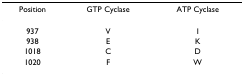
| Position | GTP Cyclase | ATP Cyclase |
 | --- | --- | --- |
 | 937 | V | I |
 | 938 | E | K |
 | 1018 | C | D |
 | 1020 | F | W |